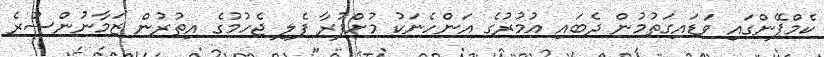
ކެމްޕޭންގައި ވަޑައިގަތުމުން ދެބައި އުމުރުގެ އަންހެނަކު މުށްފުރާ ފެލި ޖެހުމުގެ އިތުރުން ޒަމާނުންސުރެ